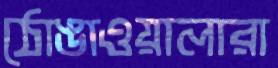
ঠোঙাওয়ালারা